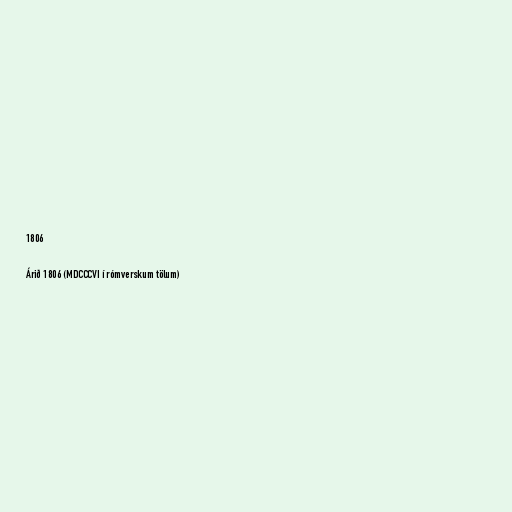
1806

Árið 1806 (MDCCCVI í rómverskum tölum)